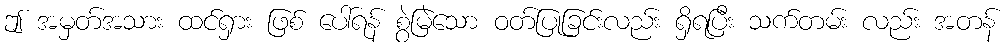
ဤ အမှတ်အသား ထင်ရှား ဖြစ် ပေါ်ရန် စွဲမြဲသော ဝတ်ပြုခြင်းလည်း ရှိရပြီး သက်တမ်း လည်း အတန်